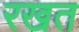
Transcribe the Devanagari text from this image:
रखत